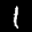
Label: 1